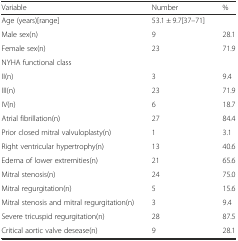
<table><thead><tr><td><b>Variable</b></td><td><b>Number</b></td><td><b>%</b></td></tr></thead><tbody><tr><td>Age (years)[range]</td><td>53.1 ± 9.7[37–71]</td><td></td></tr><tr><td>Male sex(n)</td><td>9</td><td>28.1</td></tr><tr><td>Female sex(n)</td><td>23</td><td>71.9</td></tr><tr><td>NYHA functional class</td><td></td><td></td></tr><tr><td>II(n)</td><td>3</td><td>9.4</td></tr><tr><td>III(n)</td><td>23</td><td>71.9</td></tr><tr><td>IV(n)</td><td>6</td><td>18.7</td></tr><tr><td>Atrial fibrillation(n)</td><td>27</td><td>84.4</td></tr><tr><td>Prior closed mitral valvuloplasty(n)</td><td>1</td><td>3.1</td></tr><tr><td>Right ventricular hypertrophy(n)</td><td>13</td><td>40.6</td></tr><tr><td>Edema of lower extremities(n)</td><td>21</td><td>65.6</td></tr><tr><td>Mitral stenosis(n)</td><td>24</td><td>75.0</td></tr><tr><td>Mitral regurgitation(n)</td><td>5</td><td>15.6</td></tr><tr><td>Mitral stenosis and mitral regurgitation(n)</td><td>3</td><td>9.4</td></tr><tr><td>Severe tricuspid regurgitation(n)</td><td>28</td><td>87.5</td></tr><tr><td>Critical aortic valve desease(n)</td><td>9</td><td>28.1</td></tr></tbody></table>